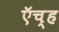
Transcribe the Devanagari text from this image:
ऍच्ह